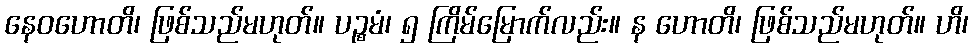
နေဝဟောတိ၊ ဖြစ်သည်မဟုတ်။ ပဉ္စမံ၊ ၅ ကြိမ်မြောက်လည်း။ န ဟောတိ၊ ဖြစ်သည်မဟုတ်။ ဟိ၊